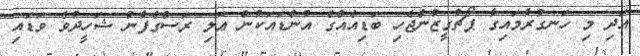
އަދި މި ހަނގުރާމައިގާ ޕޯޗުގީޒުންޖެހި ބަޑިއެއްގެ އުންޑައަކުން ޢަލި ރަސްގެފާނު ޝަހީދުވެ ވަޑައި